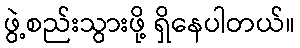
ဖွဲ့စည်းသွားဖို့ ရှိနေပါတယ်။